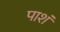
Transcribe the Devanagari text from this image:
पाशं